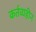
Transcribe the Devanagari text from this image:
कर्तव्यहीन